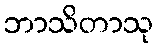
ဘာသိတာသု